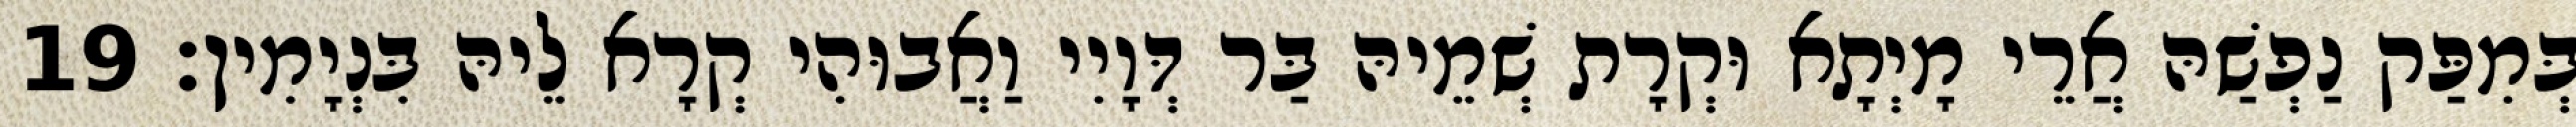
בְּמִפַּק נַפְשַׁהּ אֲרֵי מָיְתָא וּקְרָת שְׁמֵיהּ בַּר דְּוָיִי וַאֲבוּהִי קְרָא לֵיהּ בִּנְיָמִין׃ 19